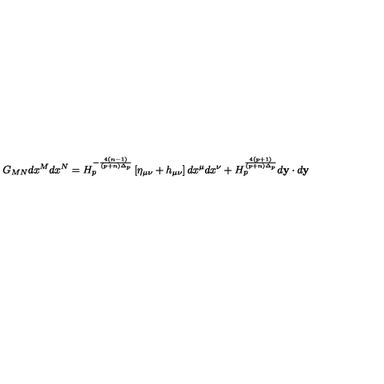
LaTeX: G _ { M N } d x ^ { M } d x ^ { N } = H _ { p } ^ { - { \frac { 4 ( n - 1 ) } { ( p + n ) \Delta _ { p } } } } \left[ \eta _ { \mu \nu } + h _ { \mu \nu } \right] d x ^ { \mu } d x ^ { \nu } + H _ { p } ^ { \frac { 4 ( p + 1 ) } { ( p + n ) \Delta _ { p } } } d { \bf y } \cdot d { \bf y }